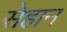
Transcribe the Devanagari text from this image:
सेहान